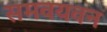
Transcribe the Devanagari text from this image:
समवयवन